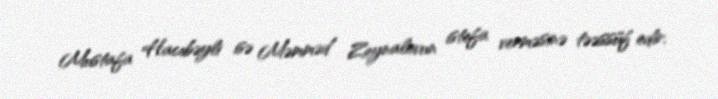
Mustafa Hacıbəyli isə Məmməd Zeynalovun istefa verməsinə təəssüf edir.